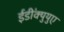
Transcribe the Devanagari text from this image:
ईडी॑क्युयुए